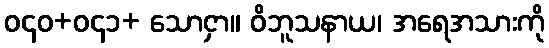
ဝ၄၀+ဝ၄၁+ သောငှာ။ ဝိဘူသနာယ၊ အရေအသားကို